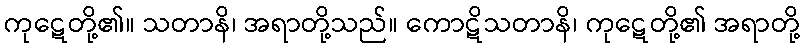
ကုဋေတို့၏။ သတာနိ၊ အရာတို့သည်။ ကောဋိသတာနိ၊ ကုဋေတို့၏ အရာတို့